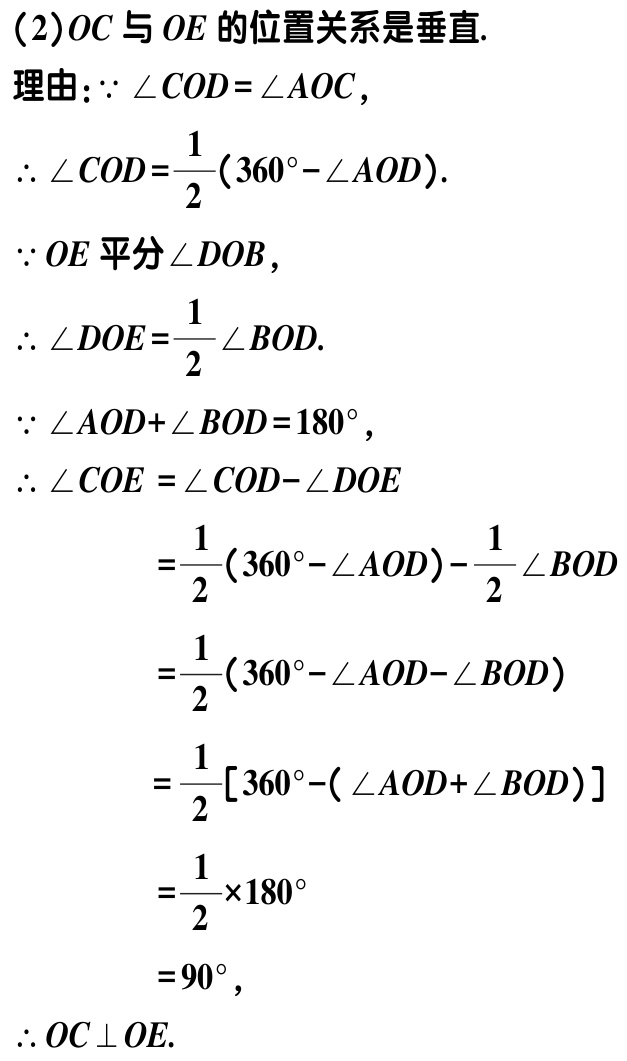
（2）$OC$与$OE$的位置关系是垂直.

理由：$\because \angle COD = \angle AOC$，

$\therefore \angle COD=\frac{1}{2}(360^{\circ}-\angle AOD)$.

$\because OE$平分$\angle DOB$，

$\therefore \angle DOE=\frac{1}{2}\angle BOD$.

$\because \angle AOD+\angle BOD = 180^{\circ}$，

$\therefore \angle COE = \angle COD - \angle DOE$

$=\frac{1}{2}(360^{\circ}-\angle AOD)-\frac{1}{2}\angle BOD$

$=\frac{1}{2}(360^{\circ}-\angle AOD - \angle BOD)$

$=\frac{1}{2}[360^{\circ}-(\angle AOD+\angle BOD)]$

$=\frac{1}{2}\times180^{\circ}$

$= 90^{\circ}$，

$\therefore OC\perp OE$.